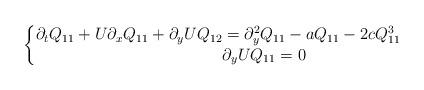
LaTeX: \begin{align*} \begin{cases} \begin{aligned} \partial_tQ_{11}+U\partial_xQ_{11}+\partial_yUQ_{12} & =\partial_y^2Q_{11}-aQ_{11}-2cQ^3_{11}\\ &\partial_yUQ_{11}=0 \end{aligned} \end{cases} \end{align*}